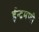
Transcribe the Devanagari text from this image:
ईन्द्रमणी